Report of the Hyderabad Chloroform Commission
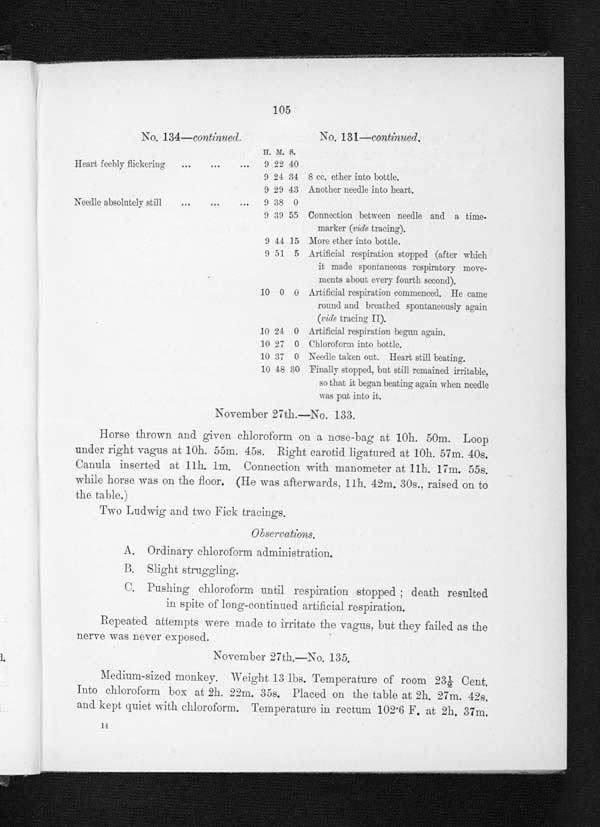
105
No. 134—c o n t i n u e d
.
No. 131—continued .
H. M. S.
Heart feebly flickering
...
...
...
9 22 40
9 24 34 8 cc. ether into bottle.
9 29 43 Another needle into heart.
Needle absolutely still
...
...
...
9 38 0
9 39 55 Connection between needle and a time-
marker (vide tracing).
9 44 15 More ether into bottle.
9 51 5 Artificial respiration stopped (after which
it made spontaneous respiratory move-
ments about every fourth second).
10 0 0 Artificial respiration commenced. H e came
round and breathed spontaneously again
(ride tracing II).
10 24 0 Artificial respiration begun again.
10 27 0 Chloroform into bottle.
10 37 0 Needle taken out. Heart still beating.
10 48 30 Finally stopped, but still remained irritable,
so that it began beating again when needle
was put into it.
November 27th.—No. 133.
Horse thrown and given chloroform on a nose-bag at 10h. 50m. Loop
under right vagus at 10h. 55m. 45s. Right carotid ligatured at 10h. 57m. 40s.
Canula inserted at 11h. 1m. Connection with manometer at 11h. 17m. 55s.
while horse was on the floor. (He was afterwards. 11h. 42m. 30s.. raised on to
the table.)
Two Ludwig and two Fick tracings.
.
A. Ordinary chloroform administration.
B . S l i g h t s t r u g g l i n g .
C. Pushing chloroform until respiration stopped death resulted
in spite of long-continued artificial respiration.
Repeated attempts were made to irritate the vagus, but they failed as the
nerve was never exposed.
November 27th.—No. 135.
Medium-sized monkey. Weight 13 lbs. Temperature of room 23½ Cent.
Into chloroform box at 2h. 22m. 35s. Placed on the table at 2h. 27m. 42s.
and kept quiet with chloroform. Temperature in rectum 102·6 F. at 2h. 37m.
1 4